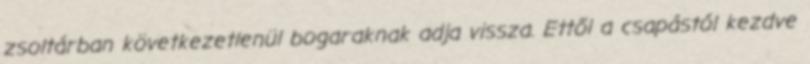
zsoltárban következetlenül bogaraknak adja vissza. Ettől a csapástól kezdve